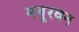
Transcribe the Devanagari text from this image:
मयूरवन